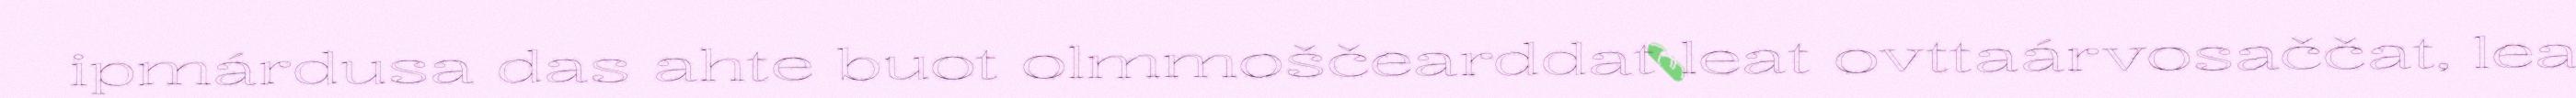
ipmárdusa das ahte buot olmmoščearddat leat ovttaárvosaččat, lea